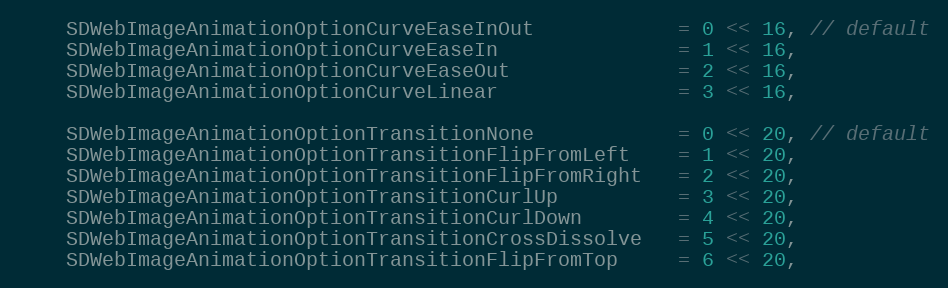
Language: C
    SDWebImageAnimationOptionCurveEaseInOut            = 0 << 16, // default
    SDWebImageAnimationOptionCurveEaseIn               = 1 << 16,
    SDWebImageAnimationOptionCurveEaseOut              = 2 << 16,
    SDWebImageAnimationOptionCurveLinear               = 3 << 16,

    SDWebImageAnimationOptionTransitionNone            = 0 << 20, // default
    SDWebImageAnimationOptionTransitionFlipFromLeft    = 1 << 20,
    SDWebImageAnimationOptionTransitionFlipFromRight   = 2 << 20,
    SDWebImageAnimationOptionTransitionCurlUp          = 3 << 20,
    SDWebImageAnimationOptionTransitionCurlDown        = 4 << 20,
    SDWebImageAnimationOptionTransitionCrossDissolve   = 5 << 20,
    SDWebImageAnimationOptionTransitionFlipFromTop     = 6 << 20,